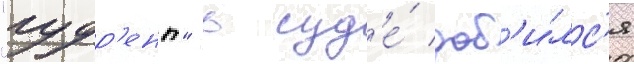
"гудр'ент" в суд'е́ доб'и́лс'я